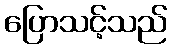
ပြောသင့်သည်